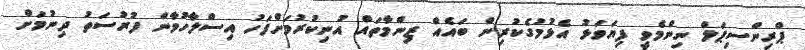
ޕްރިންސިޕަލް ނިންމެވީ ފިޔަވަޅު އެޅުމުގެކުރިން ބައެއް ޒިންމާތައް އުނިކުރުމަށްފަހު އިސްލާހުވާން ފުރުސަތު ދިނުމަަށް